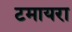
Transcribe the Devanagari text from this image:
टमायरा